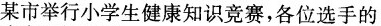
某市举行小学生健康知识竞赛，各位选手的